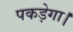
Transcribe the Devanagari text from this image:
पकड़ेगा।